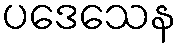
ပဒေသေန